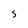
Character: s